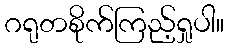
ဂရုတစိုက်ကြည့်ရှုပါ။